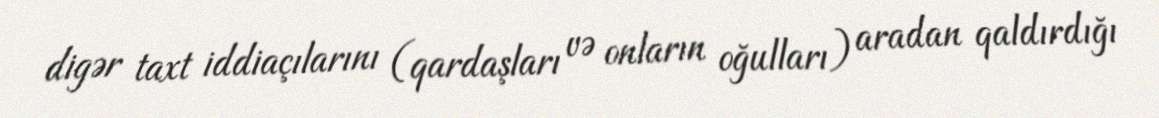
digər taxt iddiaçılarını (qardaşları və onların oğulları) aradan qaldırdığı